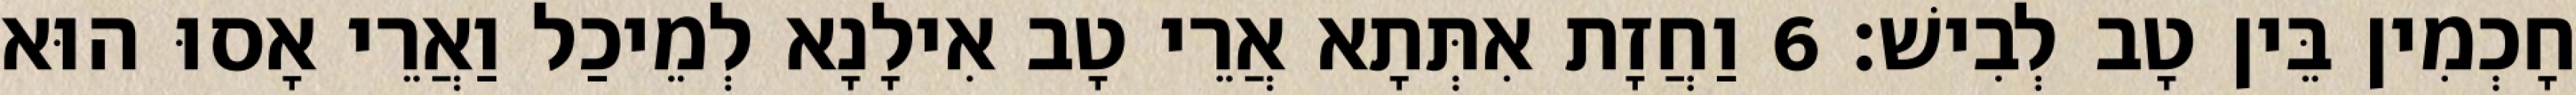
חָכְמִין בֵּין טָב לְבִישׁ׃ 6 וַחֲזָת אִתְּתָא אֲרֵי טָב אִילָנָא לְמֵיכַל וַאֲרֵי אָסוּ הוּא